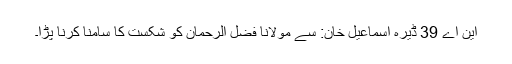
این اے 39 ڈیرہ اسماعیل خان: سے مولانا فضل الرحمان کو شکست کا سامنا کرنا پڑا۔